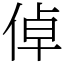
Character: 倬